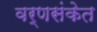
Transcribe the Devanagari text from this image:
वर्णसंकेत